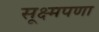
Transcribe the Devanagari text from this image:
सूक्ष्मपणा